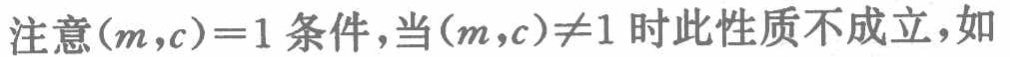
注意\((m,c)=1\)条件，当\((m,c)\neq1\) 时此性质不成立，如